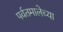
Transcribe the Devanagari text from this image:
पर्वतमालेच्या